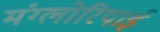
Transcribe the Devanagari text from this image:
मंग्लोरियाई